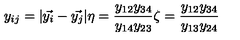
y _ { i j } = | \vec { y _ { i } } - \vec { y _ { j } } | \eta = \frac { y _ { 1 2 } y _ { 3 4 } } { y _ { 1 4 } y _ { 2 3 } } \zeta = \frac { y _ { 1 2 } y _ { 3 4 } } { y _ { 1 3 } y _ { 2 4 } }